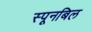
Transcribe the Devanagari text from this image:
स्पूनबिल